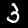
Digit: 3